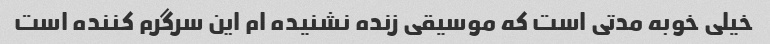
خیلی خوبه مدتی است که موسیقی زنده نشنیده ام این سرگرم کننده است